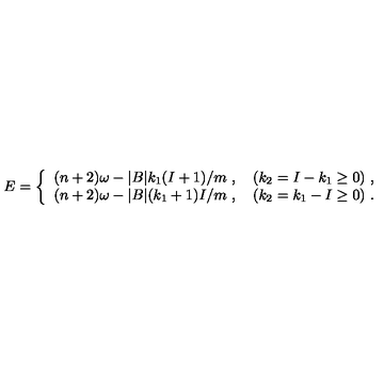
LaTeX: E = \left\{ \begin{array} { l } { ( n + 2 ) \omega - | B | k _ { 1 } ( I + 1 ) / m \ , \quad ( k _ { 2 } = I - k _ { 1 } \geq 0 ) \ , } \\ { ( n + 2 ) \omega - | B | ( k _ { 1 } + 1 ) I / m \ , \quad ( k _ { 2 } = k _ { 1 } - I \geq 0 ) \ . } \\ \end{array} \right.